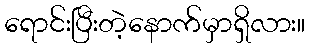
ရောင်းပြီးတဲ့နောက်မှာရှိလား။